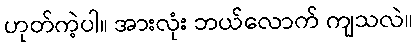
ဟုတ်ကဲ့ပါ။ အားလုံး ဘယ်လောက် ကျသလဲ။